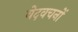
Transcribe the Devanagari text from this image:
वेदवचनों